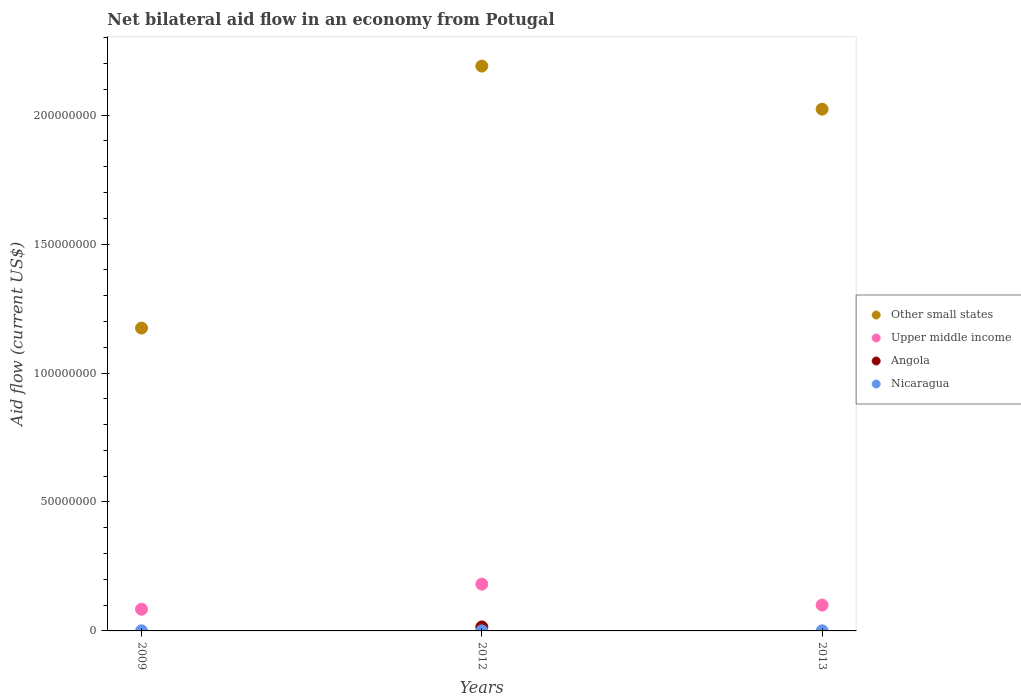
| Years | Other small states | Upper middle income | Angola | Nicaragua |
 | --- | --- | --- | --- | --- |
 | 2009 | 1.17e+08 | 8.42e+06 | -9.85e+06 | 5e+04 |
 | 2012 | 2.19e+08 | 1.81e+07 | 1.54e+06 | 2e+04 |
 | 2013 | 2.02e+08 | 1e+07 | -9.68e+06 | 4e+04 |